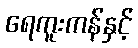
ရေကူးကန်နှင့်